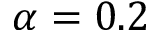
\alpha = 0 . 2